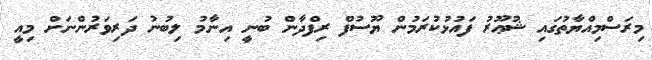
މިރަސްމިއްޔާތުގައި ޝުޢޫރު ފައުޅުކުރަމުން ޔޫސުފް ރިފްދާން ބުނީ އިނާމު ލިބުނު ދަރިވަރުންނަށް މިއީ